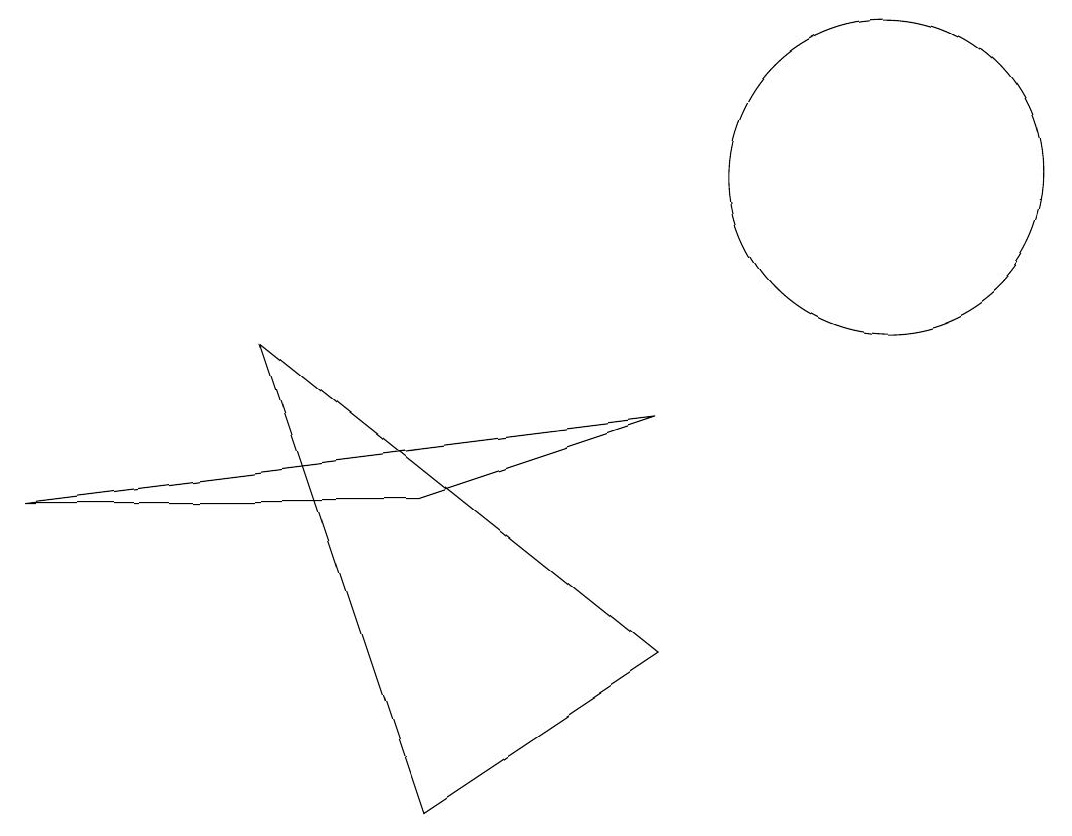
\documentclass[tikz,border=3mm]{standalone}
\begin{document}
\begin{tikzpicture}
\draw (11,11) circle (2);
\draw (8,8) -- (0,7) -- (5,7) -- cycle;
\draw (8,5) -- (5,3) -- (3,9) -- cycle;
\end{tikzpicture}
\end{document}